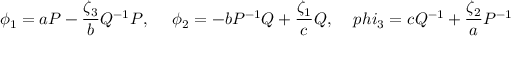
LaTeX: \phi _ { 1 } = a P - \frac { \zeta _ { 3 } } { b } Q ^ { - 1 } P , \ \ \ \ \phi _ { 2 } = - b P ^ { - 1 } Q + \frac { \zeta _ { 1 } } { c } Q , \ \ \ \, p h i _ { 3 } = c Q ^ { - 1 } + \frac { \zeta _ { 2 } } { a } P ^ { - 1 }